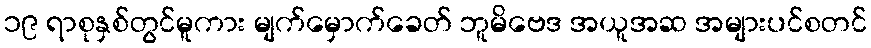
၁၉ ရာစုနှစ်တွင်မူကား မျက်မှောက်ခေတ် ဘူမိဗေဒ အယူအဆ အများပင်စတင်